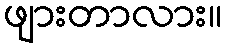
ဖျားတာလား။